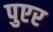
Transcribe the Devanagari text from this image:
पुएर